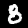
Digit: 8